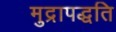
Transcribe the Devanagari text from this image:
मुद्रापद्धति